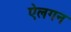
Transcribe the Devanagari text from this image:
ऐलगन